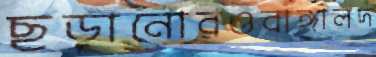
ছড়ানোরওবাঙ্গালদ